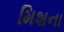
મિશના